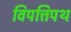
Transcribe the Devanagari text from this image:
विपत्तिपथ